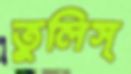
তুলিস্